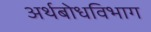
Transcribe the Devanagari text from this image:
अर्थबोधविभाग